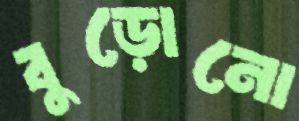
বুড়োনো